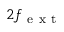
2 f _ { \mathrm { ~ e ~ x ~ t ~ } }